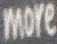
more